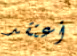
أعتقد